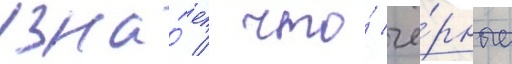
узна́ет / что́ чё́рные